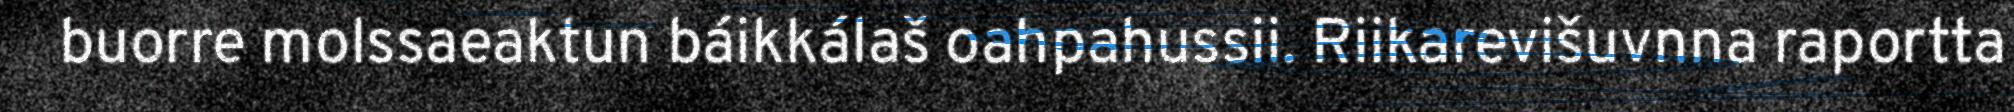
buorre molssaeaktun báikkálaš oahpahussii. Riikarevišuvnna raportta